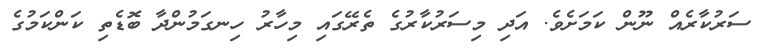
ސަރުކާރެއް ނޫން ކަމަށެވެ. އަދި މިސަރުކާރުގެ ތެރޭގައި މިހާރު ހިނގަމުންދާ ބޮޑެތި ކަންކަމުގެ